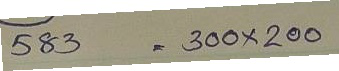
583 = 300 x 200